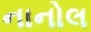
નાનોલ